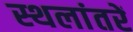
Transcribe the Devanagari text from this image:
स्थलांतरें